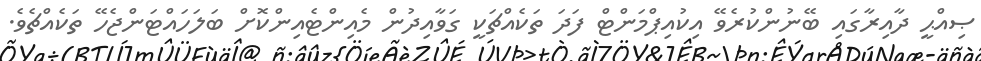
ޞިއްޙީ ދާއިރާގައި ބޭނުންކުރެވޭ އިކުއިޕްމަންޓް ފަދަ ތަކެއްޗަކީ ގަވާއިދުން މެއިންޓެއިންކޮށް ބަލަހައްޓަންޖެހޭ ތަކެއްޗެވެ.